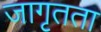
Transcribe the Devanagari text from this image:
जागृतता